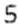
5